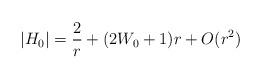
LaTeX: \begin{align*}|H_0|= \frac{2}{r} + (2W_0 +1) r + O(r^2)\end{align*}